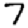
Digit: 7